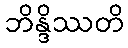
ဘိန္ဒိဿတိ